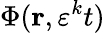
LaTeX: \Phi(\mathbf{r},\varepsilon^{k}t)